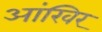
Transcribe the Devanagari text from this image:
आंखिर